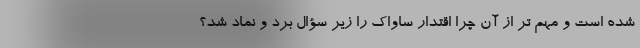
شده است و مهم تر از آن چرا اقتدار ساواک را زیر سؤال برد و نماد شد؟